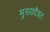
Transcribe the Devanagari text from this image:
मुख्यदैवत